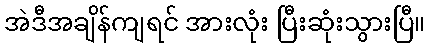
အဲဒီအချိန်ကျရင် အားလုံး ပြီးဆုံးသွားပြီ။